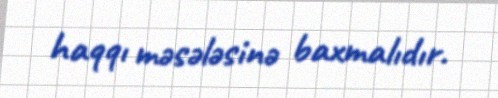
haqqı məsələsinə baxmalıdır.